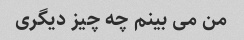
من می بینم چه چیز دیگری